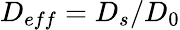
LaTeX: D_{eff}=D_{s}/D_{0}